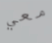
معي